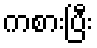
ကစားပြီး